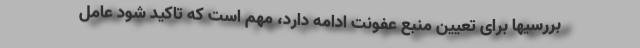
بررسیها برای تعیین منبع عفونت ادامه دارد، مهم است که تاکید شود عامل